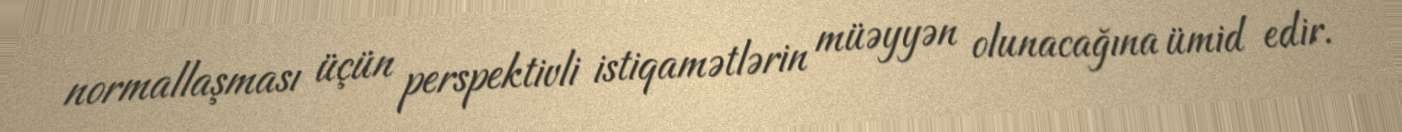
normallaşması üçün perspektivli istiqamətlərin müəyyən olunacağına ümid edir.